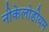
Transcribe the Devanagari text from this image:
नीकेलोडीयन